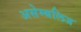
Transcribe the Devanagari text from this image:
असेम्बलिज